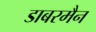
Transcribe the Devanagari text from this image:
डाबरमैन